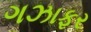
ગઝાફર